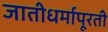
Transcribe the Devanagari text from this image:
जातीधर्मापूरती